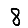
Digit: 8